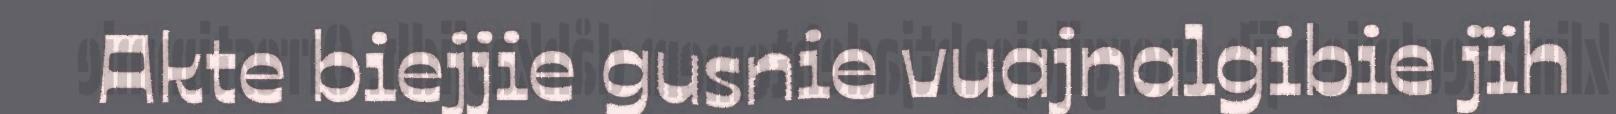
Akte biejjie gusnie vuajnalgibie jïh